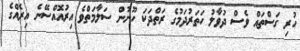
ހުރި ގަސްތައް ވެސް ދުވާލު ހަތަރުދަމުގެ ރަތްދަކަ ހޫނުން ސަލާމަތްވެ އިރުއޮއްސޭނެ އިރެއްގެ